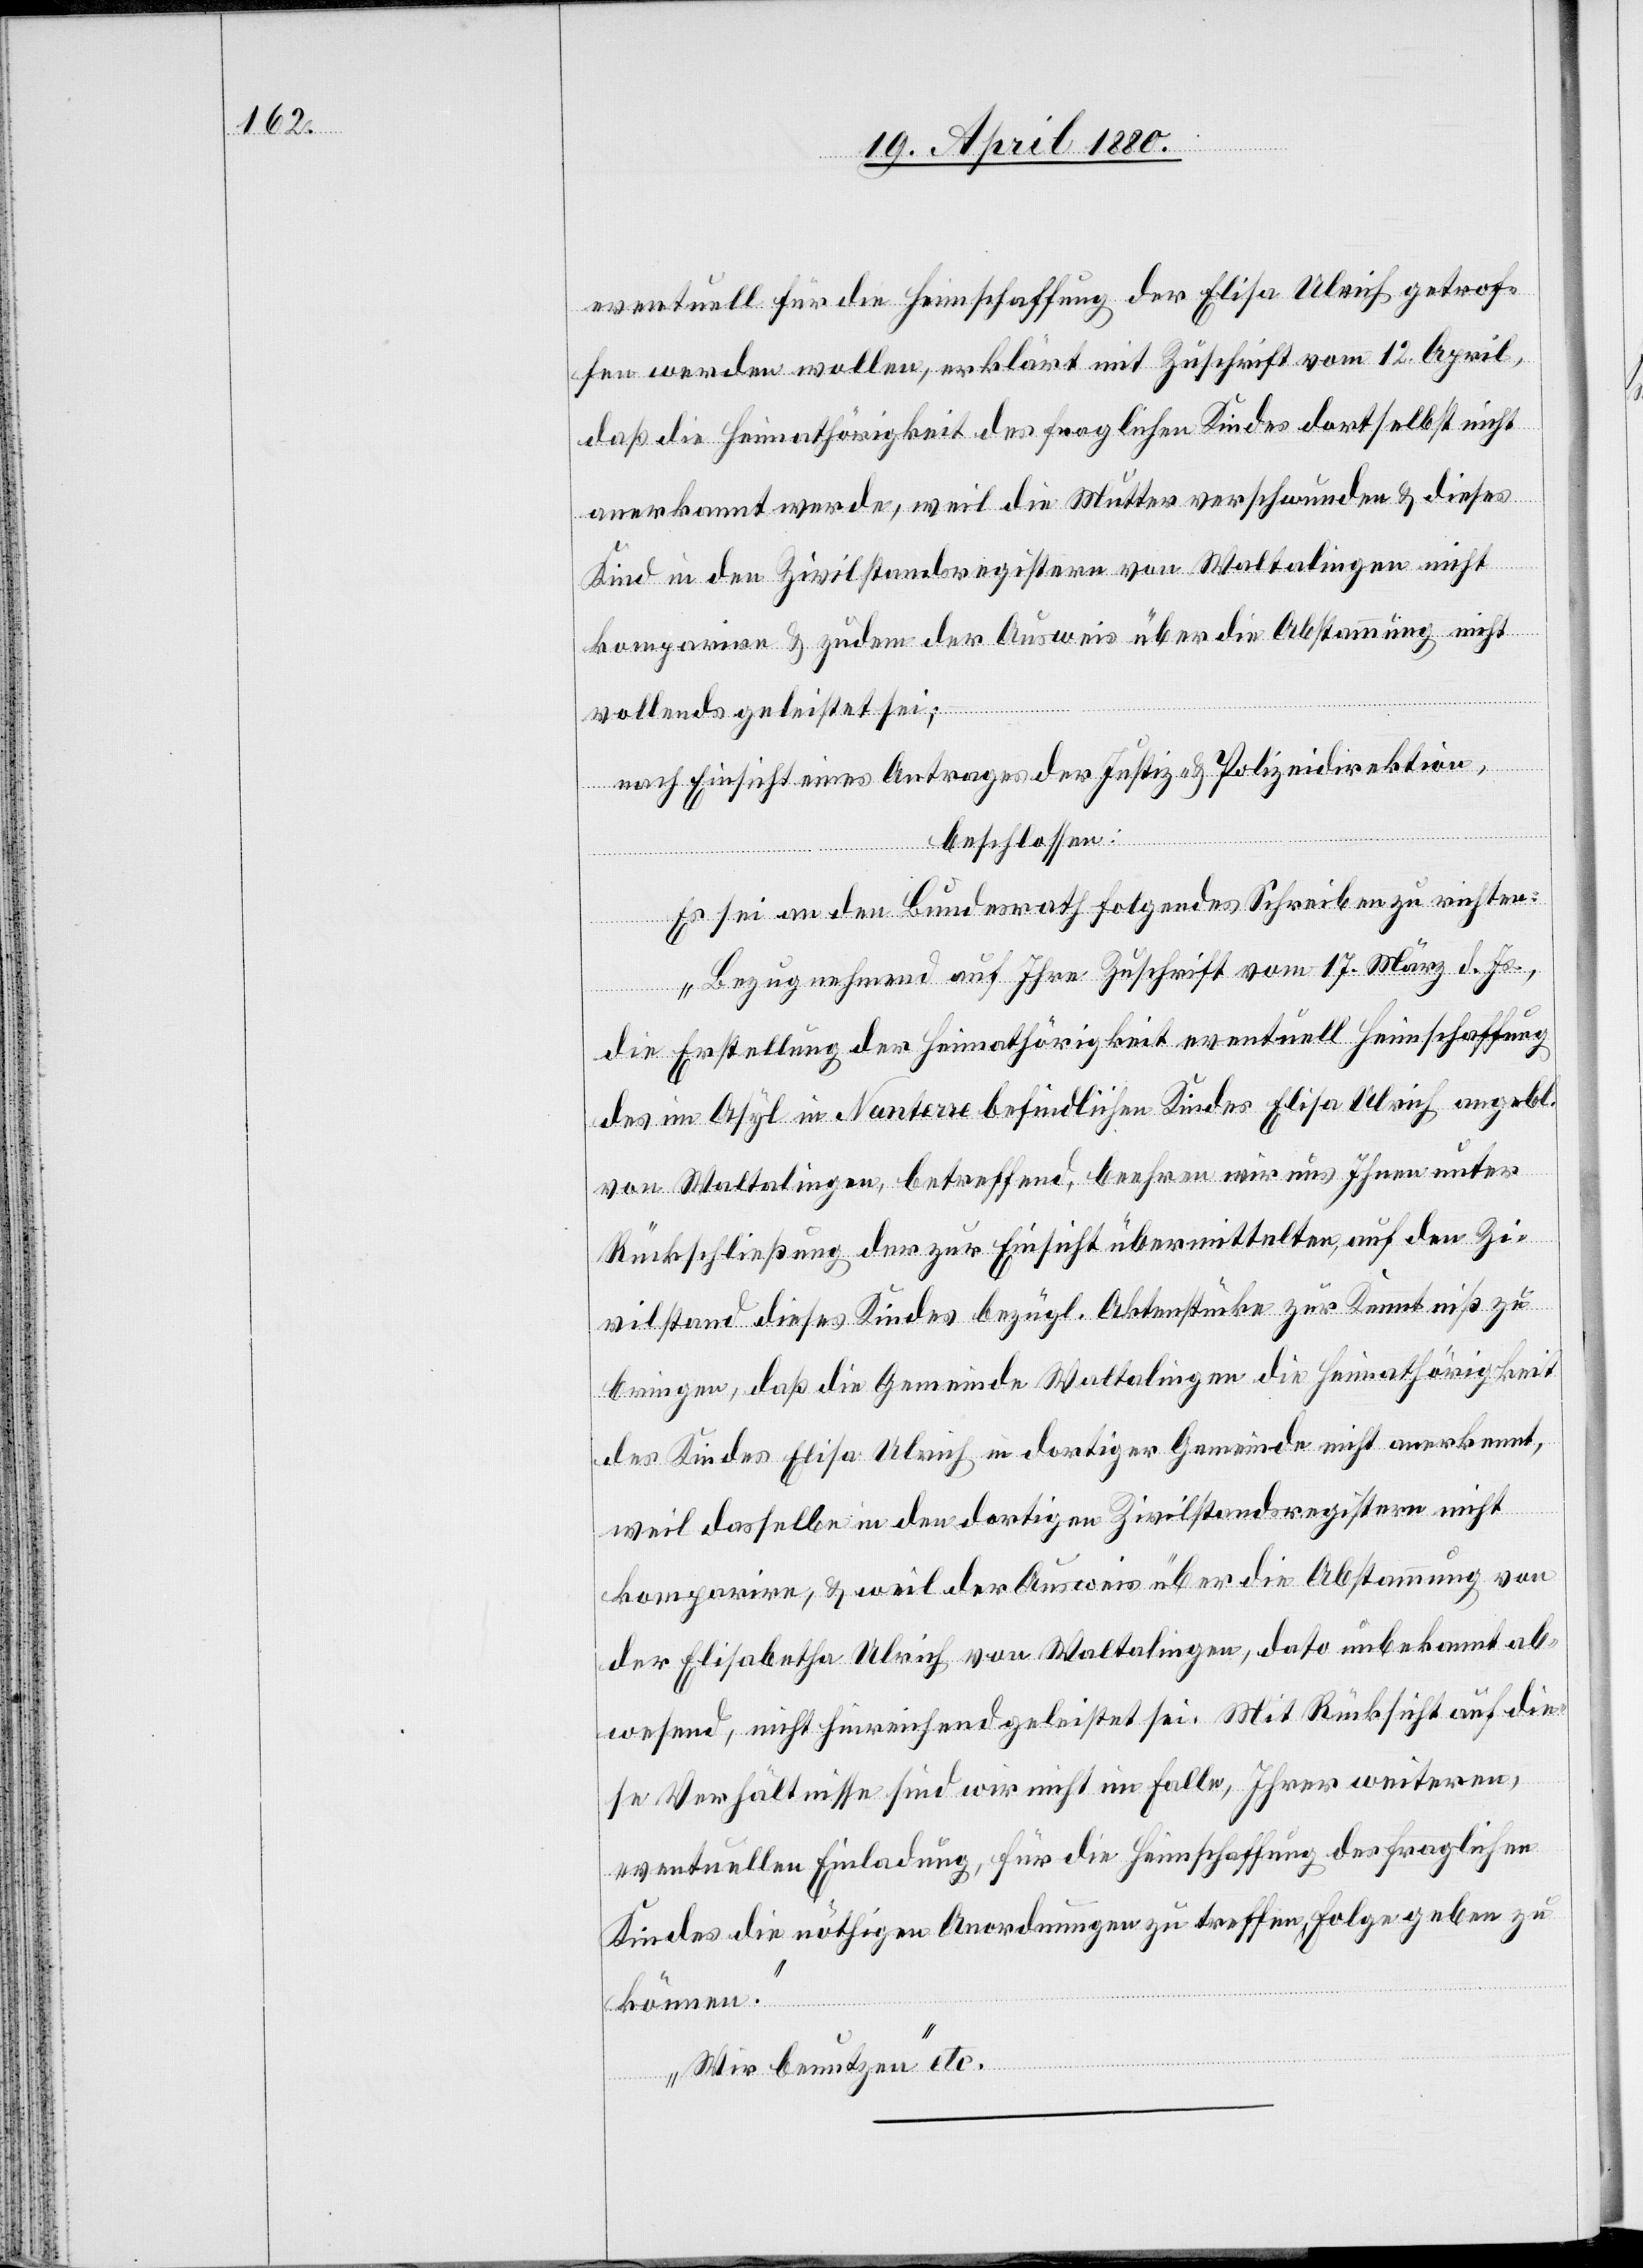
eventuell für die Heimschaffung der Elisa Ulrich getrof¬
fen werden wollen, erklärt mit Zuschrift vom 12. April,
daß die Heimathörigkeit des fraglichen Kindes dortselbst nicht
anerkannt werde, weil die Mutter verschwunden & dieses
Kind in den Zivilstandsregistern von Waltalingen nicht
komparire & zudem der Ausweis über die Abstammung nicht
vollends geleistet sei;
nach Einsicht eines Antrages der Justiz- & Polizeidirektion,
beschlossen:
Es sei an den Bundesrath folgendes Schreiben zu richten:
„Bezugnehmend auf Ihre Zuschrift vom 17. März d. Js.,
die Erstellung der Heimathörigkeit eventuelle Heimschaffung
des im Asyl in Nanterre befindlichen Kindes Elisabetha Ulrich angebl.
von Waltalingen, betreffend, beehren wir uns Ihnen unter
Rückschließung der zur Einsicht übermittelten, auf den Zi¬
vilstand dieses Kindes bezügl. Aktenstücke zur Kenntniß zu
bringen, daß die Gemeinde Waltalingen die Heimathörigkeit
des Kindes Elisa Ulrich in dortiger Gemeinde nicht anerkennt,
weil dasselbe in den dortigen Zivilstandsregistern nicht
komparire, & weil der Ausweis über die Abstammung von
der Elisabetha Ulrich von Waltalingen, dato unbekannt ab¬
wesend, nicht hinreichend geleistet sei. Mit Rücksicht auf die¬
se Verhältnisse sind wir nicht im Falle, Ihrer weiteren,
eventuellen Einladung, für die Heimschaffung des fraglichen
Kindes die nöthigen Anordnungen zu treffen, Folge geben zu
können.
Wir benutzen“ etc.